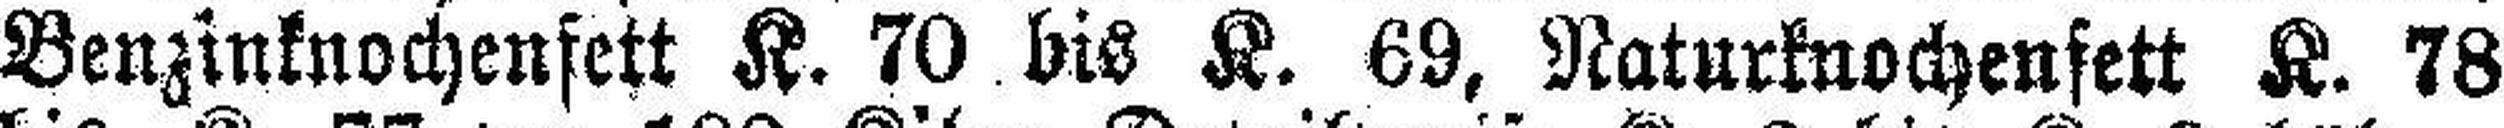
Benzinknochenfett K. 70 bis K. 69, Naturknochenfett K. 78